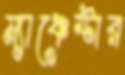
ম্যাঞ্চেস্টার